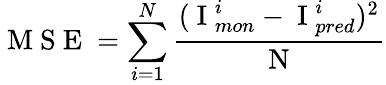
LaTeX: \mathrm{~M~S~E~}=\displaystyle\sum_{i=1}^{N}\frac{(\mathrm{~I~}_{mon}^{i}-\mathrm{~I~}_{pred}^{i})^{2}}{\mathrm{~N~}}